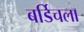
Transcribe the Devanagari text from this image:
बर्डिचला